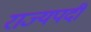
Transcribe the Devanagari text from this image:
राज्यपदी